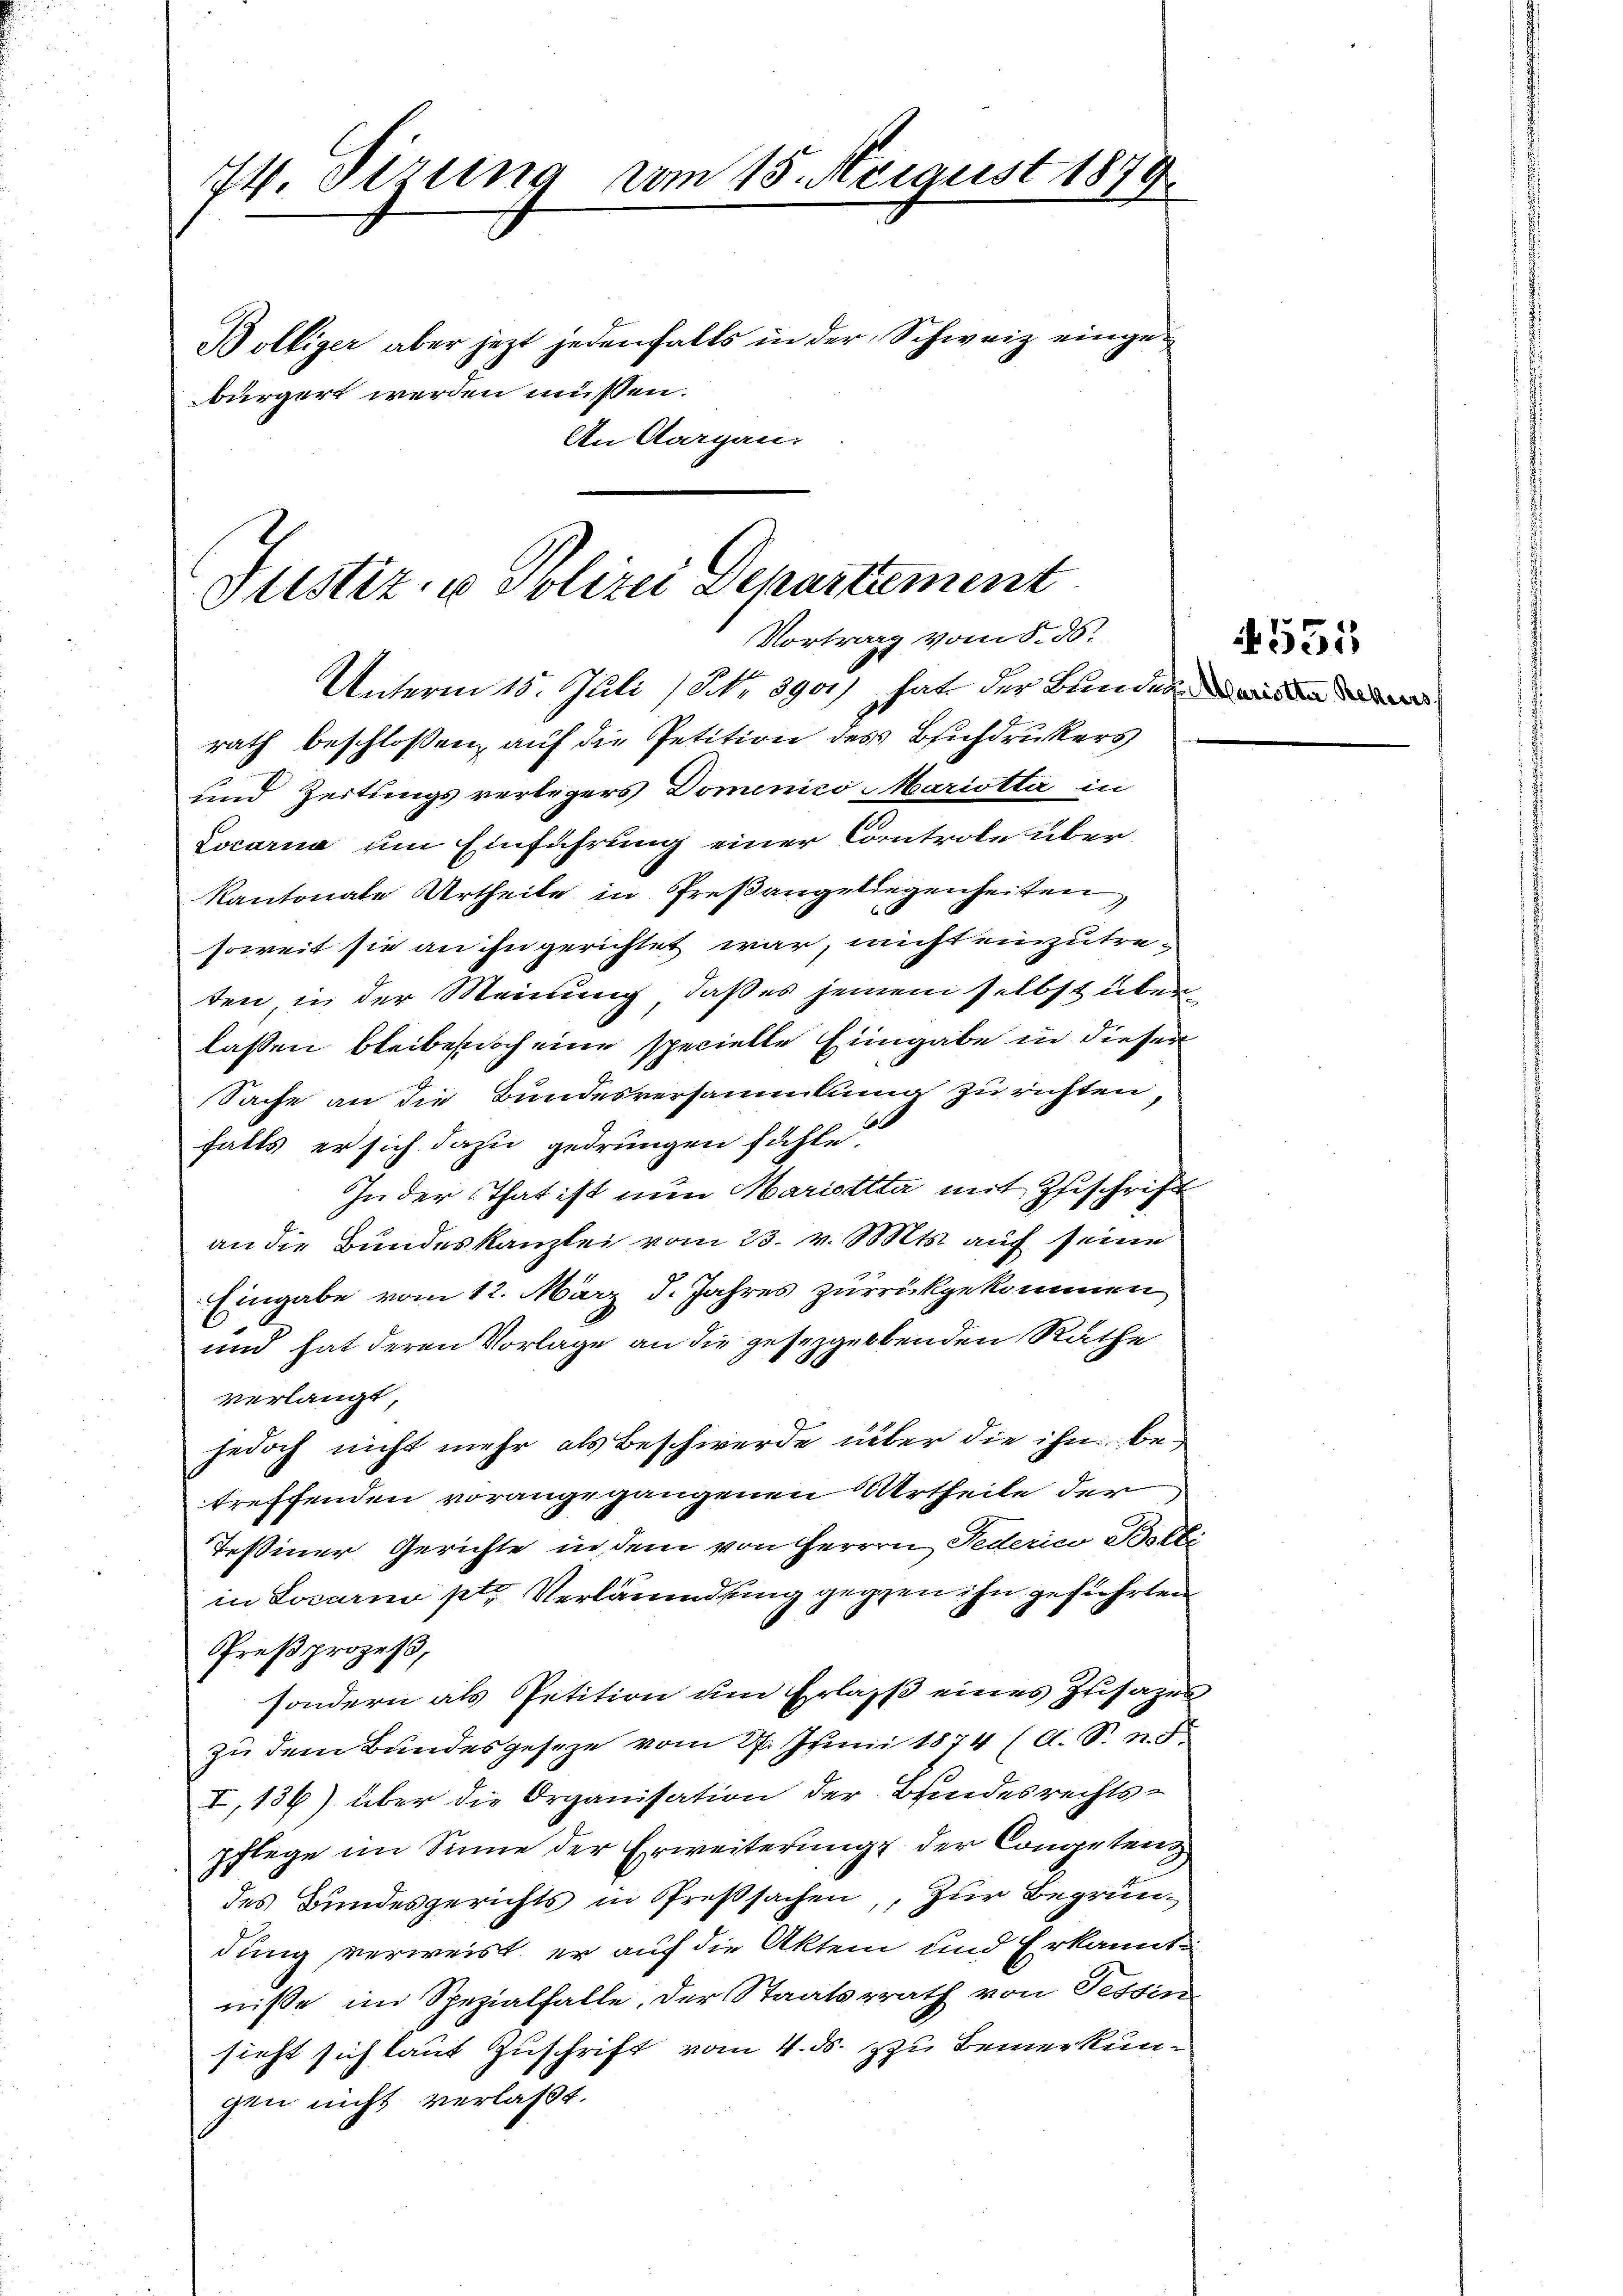
74. Stzung vom 15. Neigust 1879.
Boltiger aber jetzt jedenfalls in der Schweiz eingebürgert werden müssen.
An Aargau,

Justiz- u Polizei Departement
Vortrag vom 8. ds.
Unterm 15. Juli (Nr. 3900) hat der Bundes ein

rath beschlossen, auf die Petition des Buchdruckers
und Zeitungsverlegers Domenico Mariotta in
Locarna um Einführung einer Controle über¬
Kantonale Urtheile in Preßangeliegenheiten,
soweit sie an ihn gerichtet war, nicht einzutreten, in der Meinung, daß es jenem selbst überlassen bleibes doch eine specielle Eingabe in dieser
Sache an die Bundesversammlung zu richten,
falls er sich dazu gedrungen fühle.
In der That ist nun Marietta mit Zuschrift
an die Bundeskanzlei vom 23. v. Mts. auf seine
Eingabe vom 12. März d. Jahres zurückgekommen
und hat deren Vorlage an die gesezgerbenden Rathe
verlangt,
jedoch nicht mehr als Beschwerde über die ihn betreffenden vorangegangenen Urtheile der
Teßiner Gerichte in dem von Herren Federica Bolli
in Locarno ptr. Verläumdung gegen ihn geführten
Preßprozess,
sondern als Petition um Erlass eines Zusatzes
zu dem Bundesgeseze vom 27. Juni 1874 (A. S. n. F.
I,136) über die Organisation der Bundesrechtspflege im Sinne der Erweiterung der Congetenz
des Bundesgerichts in Preßsachen, zur Begründung verweist, er auf die Akten und Erkanntniße im Spezialfalle, der Staatsrath von Tessin
sieht sich laut Zuschrift vom 4. ds. zu Bemerkungen nicht verlasst.

551